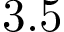
3 . 5